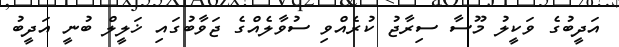
އަދީބުގެ ވަކީލު މޫސާ ސިރާޖު ކުރެއްވި ސުވާލެއްގެ ޖަވާބުގައި ޚަލީލް ބުނީ އަދީބު